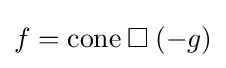
f={\text{cone}}\mathbin {\square } (-g)